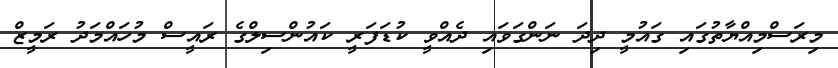
މިރަސްމިއްޔާތުގައި ގައުމީ ދިދަ ނަންގަވައި ދެއްވީ ކުޑަފަރީ ކައުންސިލްގެ ރައީސް މުހައްމަދު ރަމީޒް